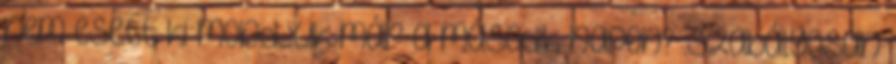
nem esett ki mondjuk már a második napon? .szabályosan